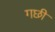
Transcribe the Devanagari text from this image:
गछी